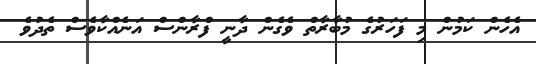
އެހެން ކަމުން މި ފަހަރުގެ މުބާރާތް ވެގެން ދާނީ ފްރާންސް އަނެއްކާވެސް ތެދުވެ